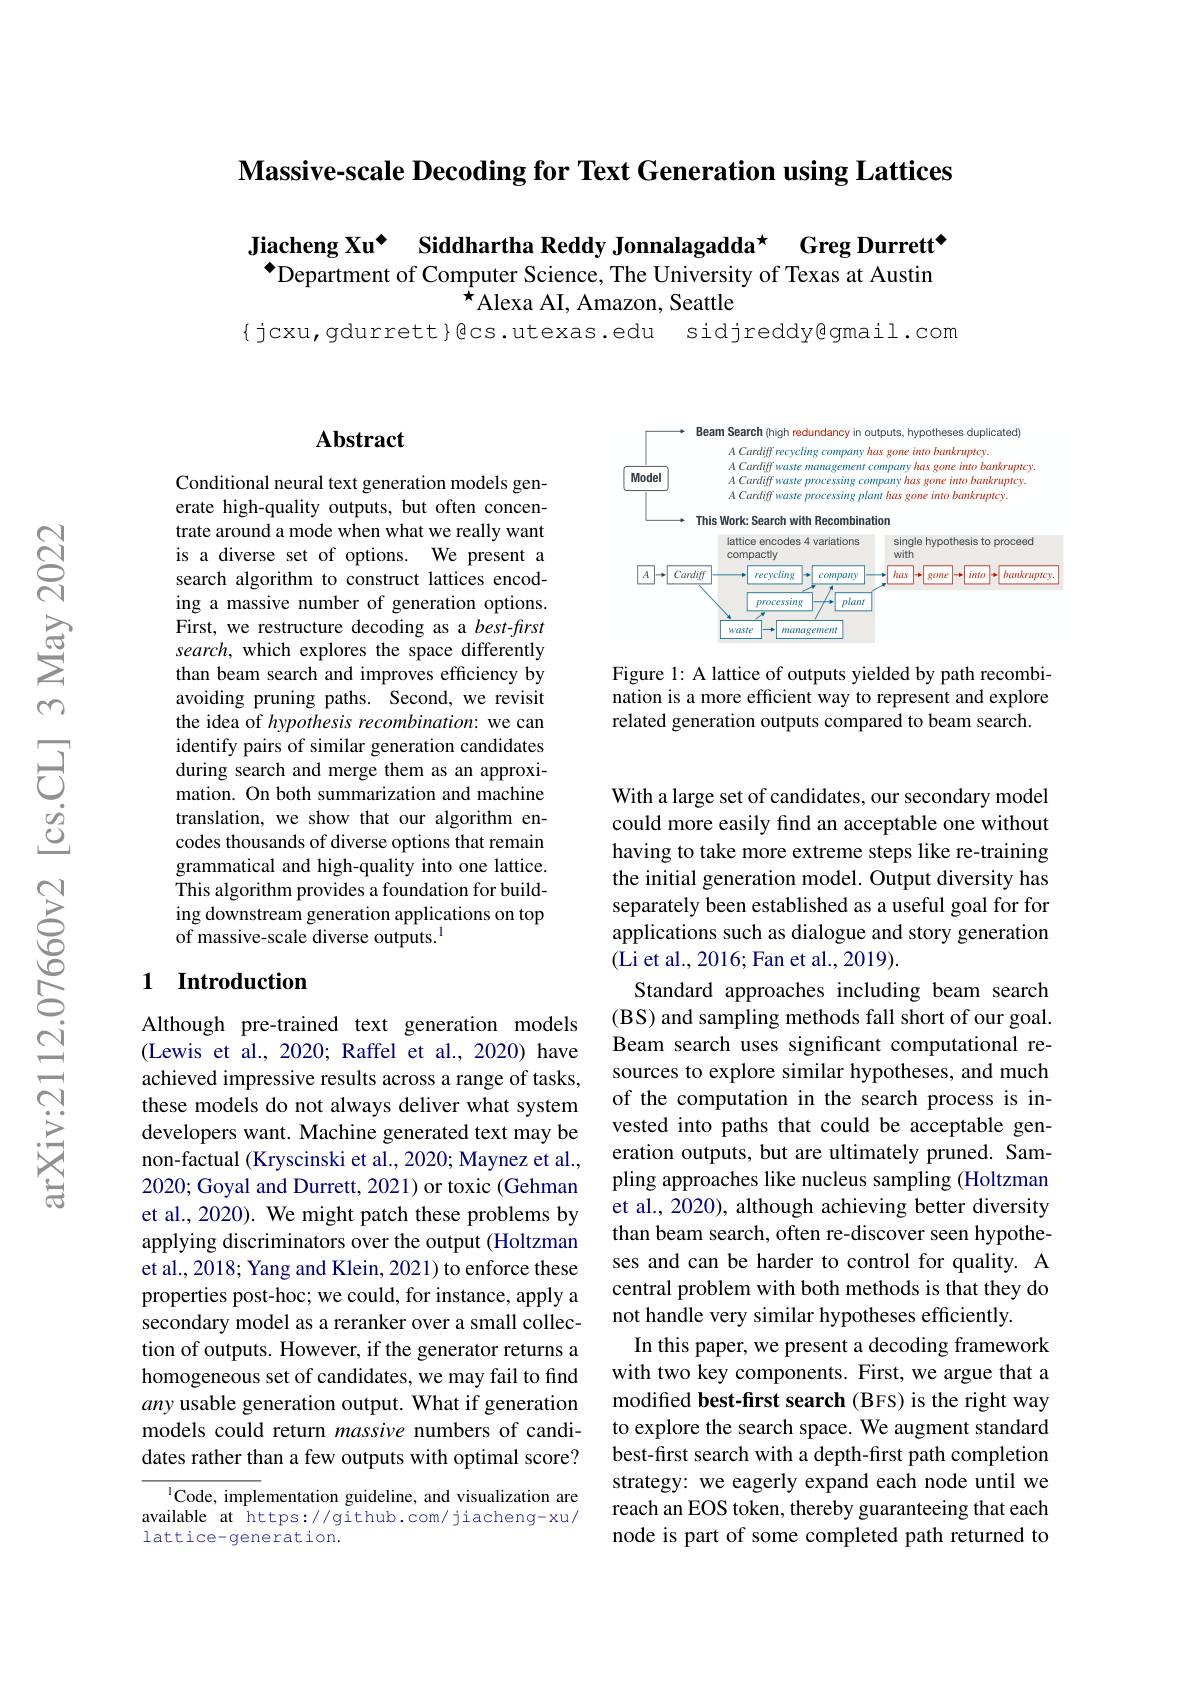
$\textbf{Massive- scale Decoding for Text Generation using Lattices}$

Jiacheng Xu° Siddhartha Reddy Jonnalagadda* Greg Durrett` $^{\bullet}$Department of Computer Science, The University of Texas at Austin
$^{\hat{\star}}$Alexa AI, Amazon, Seattle

$\{$ jcxu, gdurrett}Bcs. utexas. edu

sidjreddy@gmail.com

## $\mathbf{Abstract}$

Conditional neural text generation models generate high-quality outputs, but often concentrate around a mode when what we really want is a diverse set of options. We present a search algorithm to construct lattices encoding a massive number of generation options. First, we restructure decoding as a best-first search, which explores the space differently than beam search and improves efficiency by avoiding pruning paths. Second, we revisit the idea of hypothesis recombination: we can identify pairs of similar generation candidates during search and merge them as an approximation. On both summarization and machine translation, we show that our algorithm encodes thousands of diverse options that remain grammatical and high-quality into one lattice. This algorithm provides a foundation for building downstream generation applications on top of massive-scale diverse outputs.$^{1}$

## 1 Introduction

Although pre-trained text generation models (Lewis et al., 2020; Raffel et al., 2020) have achieved impressive results across a range of tasks, these models do not always deliver what system developers want. Machine generated text may be non-factual (Kryscinski et al., 2020; Maynez et al., 2020; Goyal and Durrett, 2021) or toxic (Gehman et al., 2020). We might patch these problems by applying discriminators over the output (Holtzman et al., 2018; Yang and Klein, 2021) to enforce these properties post-hoc; we could, for instance, apply a secondary model as a reranker over a small collection of outputs. However, if the generator returns a homogeneous set of candidates, we may fail to find any usable generation output. What if generation models could return massive numbers of candidates rather than a few outputs with optimal score?

$^{1}$Code, implementation guideline, and visualization are available at https://github.com/jiacheng-xu/ lattice-generation.

<FigureHere>

Figure 1: A lattice of outputs yielded by path recombination is a more effcient way to represent and explore related generation outputs compared to beam search.

With a large set of candidates, our secondary model could more easily find an acceptable one without having to take more extreme steps like re-training the initial generation model. Output diversity has separately been established as a useful goal for for applications such as dialogue and story generation (Li et al., 2016; Fan et al., 2019).
Standard approaches including beam search (BS) and sampling methods fall short of our goal. Beam search uses significant computational resources to explore similar hypotheses, and much of the computation in the search process is invested into paths that could be acceptable generation outputs, but are ultimately pruned. Sampling approaches like nucleus sampling (Holtzman et al., 2020), although achieving better diversity than beam search, often re-discover seen hypotheses and can be harder to control for quality. A central problem with both methods is that they do not handle very similar hypotheses efficiently.
In this paper, we present a decoding framework with two key components. First, we argue that a modified best-first search (BFS) is the right way to explore the search space. We augment standard best-first search with a depth-first path completion strategy: we eagerly expand each node until we reach an EOS token, thereby guaranteeing that each node is part of some completed path returned to